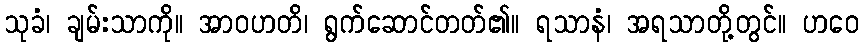
သုခံ၊ ချမ်းသာကို။ အာဝဟတိ၊ ရွက်ဆောင်တတ်၏။ ရသာနံ၊ အရသာတို့တွင်။ ဟဝေ